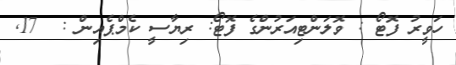
ހަވީރު ފޮޓޯ : ވޮލަންޓިއަރުންގެ ފޮޓޯ: ރިޔާސީ ކެމްޕެއިން :  17